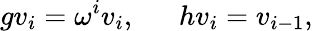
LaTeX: gv_{i}=\omega^{i}v_{i},~~~~~~hv_{i}=v_{i-1},